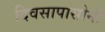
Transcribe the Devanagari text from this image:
दिवसापासोनी